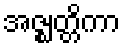
အဇ္ဈတ္တိကာ